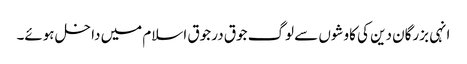
انہی بزرگان دین کی کاوشوں سے لوگ جوق در جوق اسلام میں داخل ہوئے۔